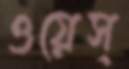
ওয়েস্